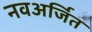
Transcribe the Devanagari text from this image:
नवअर्जित